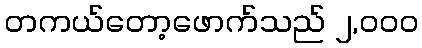
တကယ်တော့ဖောက်သည် ၂,၀၀၀